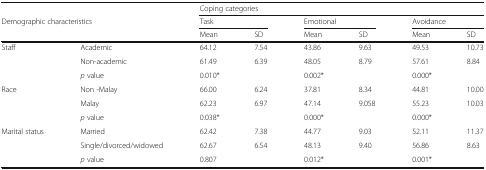
|  |  | <COLSPAN=6> Coping categories |
 | <COLSPAN=2> Demographic characteristics | <COLSPAN=2> Task | <COLSPAN=2> Emotional | <COLSPAN=2> Avoidance |
 | <COLSPAN=2>  | Mean | SD | Mean | SD | Mean | SD |
 | --- | --- | --- | --- | --- | --- | --- | --- |
 | <ROWSPAN=3> Staff | Academic | 64.12 | 7.54 | 43.86 | 9.63 | 49.53 | 10.73 |
 | Non-academic | 61.49 | 6.39 | 48.05 | 8.79 | 57.61 | 8.84 |
 | p value | <COLSPAN=2> 0.010* | <COLSPAN=2> 0.002* | <COLSPAN=2> 0.000* |
 | <ROWSPAN=3> Race | Non -Malay | 66.00 | 6.24 | 37.81 | 8.34 | 44.81 | 10.00 |
 | Malay | 62.23 | 6.97 | 47.14 | 9.058 | 55.23 | 10.03 |
 | p value | <COLSPAN=2> 0.038* | <COLSPAN=2> 0.000* | <COLSPAN=2> 0.000* |
 | <ROWSPAN=3> Marital status | Married | 62.42 | 7.38 | 44.77 | 9.03 | 52.11 | 11.37 |
 | Single/divorced/widowed | 62.67 | 6.54 | 48.13 | 9.40 | 56.86 | 8.63 |
 | p value | <COLSPAN=2> 0.807 | <COLSPAN=2> 0.012* | <COLSPAN=2> 0.001* |